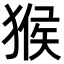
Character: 猴